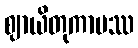
ဈာယိတုကာမဿ